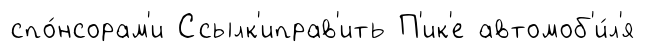
спо́нсорам'и Ссылк'иправ'ить П'ик'е автомоб'и́л'я